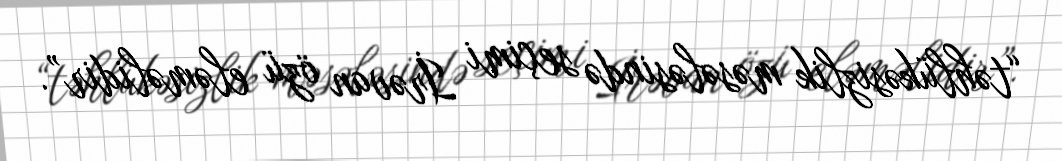
“təhlükəsizlik məsələsində seçimi İrəvan özü eləməlidir”.